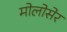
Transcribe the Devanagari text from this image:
मोलोसेर